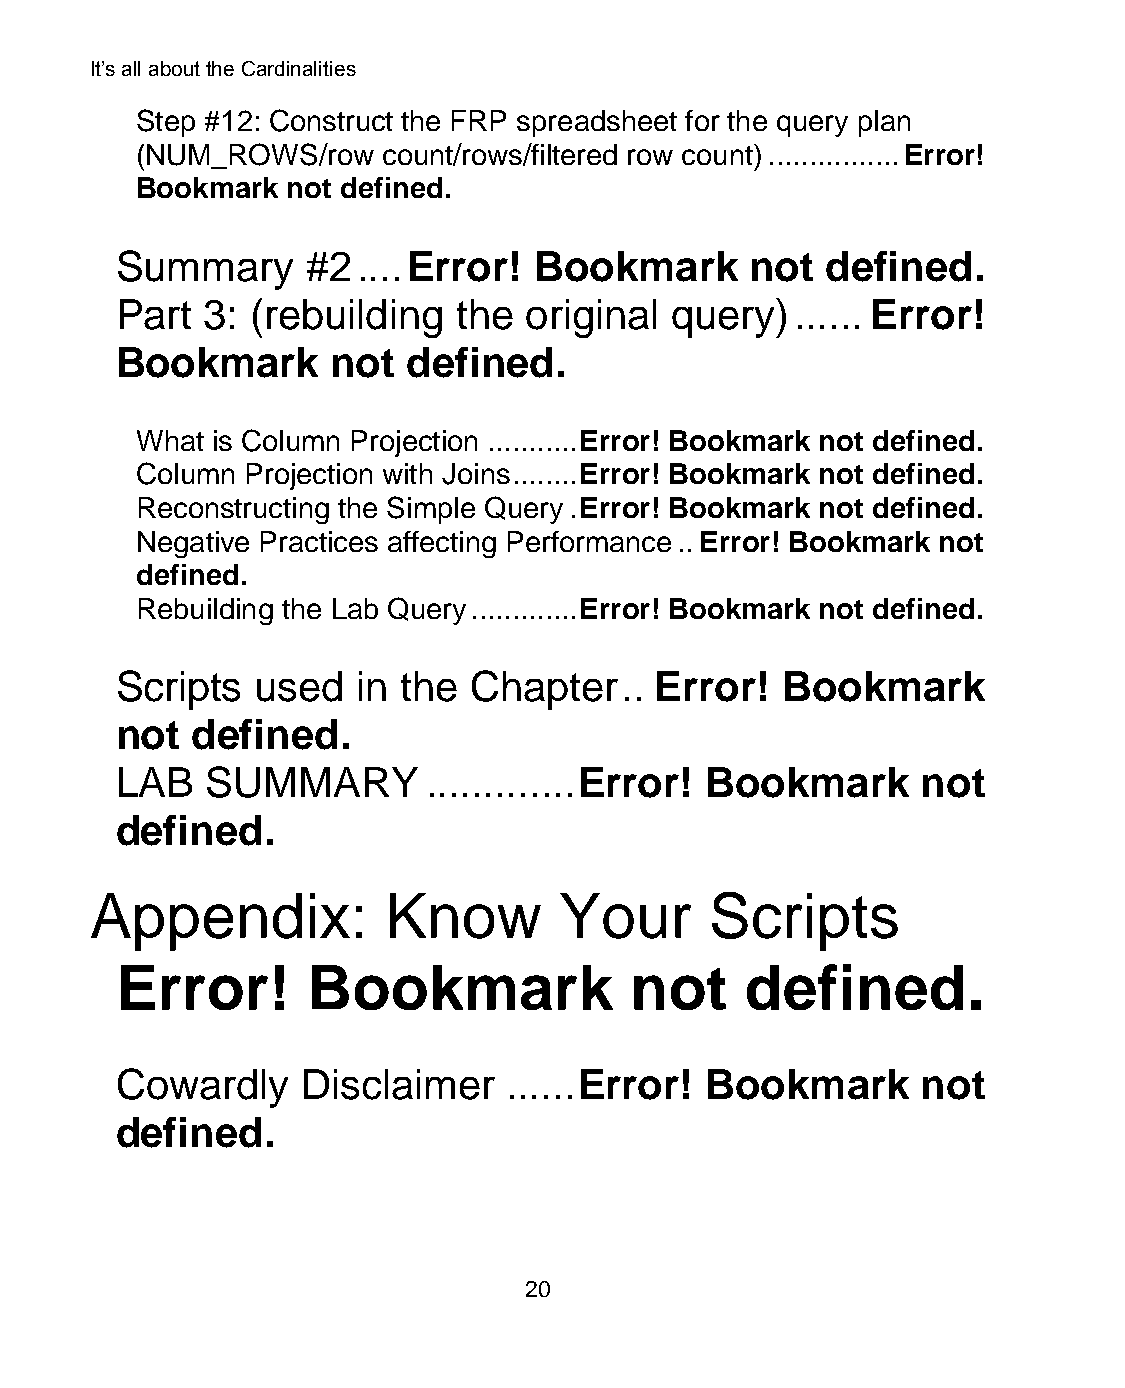
It’s all about the Cardinalities
 Step #12: Construct the FRP spreadsheet for the query plan
 (NUM_ROWS/row   count/rows/filtered row count) ................ Error!
 Bookmark  not defined.
 Summary     #2  .... Error! Bookmark      not  defined.
 Part 3:  (rebuilding  the  original query)   ...... Error!
 Bookmark      not  defined.
 What is Column Projection ........... Error! Bookmark not defined.
 Column Projection with Joins ........ Error! Bookmark not defined.
 Reconstructing the Simple Query . Error! Bookmark not defined.
 Negative Practices affecting Performance .. Error! Bookmark not
 defined.
 Rebuilding the Lab Query ............. Error! Bookmark not defined.
 Scripts  used   in the Chapter   .. Error!  Bookmark
 not  defined.
 LAB   SUMMARY       ............. Error! Bookmark    not
 defined.
 Appendix:           Know       Your      Scripts
 Error!      Bookmark              not    defined.
 Cowardly    Disclaimer    ...... Error! Bookmark     not
 defined.
 20